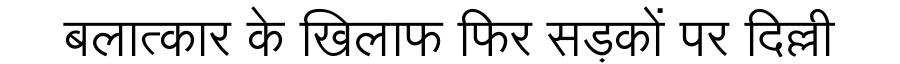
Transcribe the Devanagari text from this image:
बलात्कार के खिलाफ फिर सड़कों पर दिल्ली